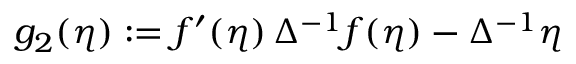
g _ { 2 } ( \eta ) : = f ^ { \prime } ( \eta ) \, \Delta ^ { - 1 } f ( \eta ) - \Delta ^ { - 1 } \eta